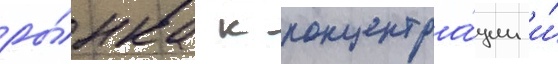
ры́нка к концентра́ции и́